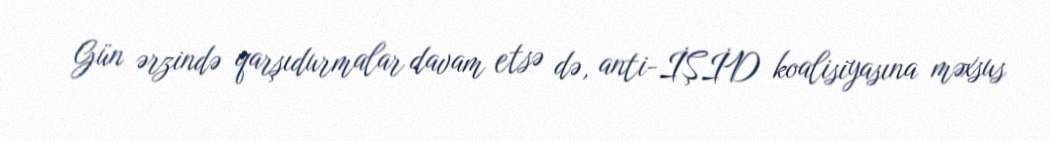
Gün ərzində qarşıdurmalar davam etsə də, anti-İŞİD koalisiyasına məxsus